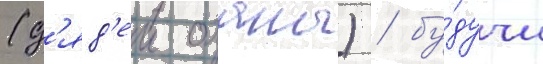
(д'яд'еи оханы) / бу́дучи